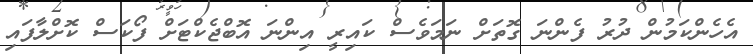
އެހެންކަމުން ދުރު ފެންނަ ގޮތަށް ނަމަވެސް ކައިރީ އިންނަ އޮބްޖެކްޓަށް ފޯކަސް ކޮށްލާފައި